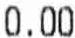
0.00